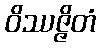
ဝိဿဇ္ဇိတံ